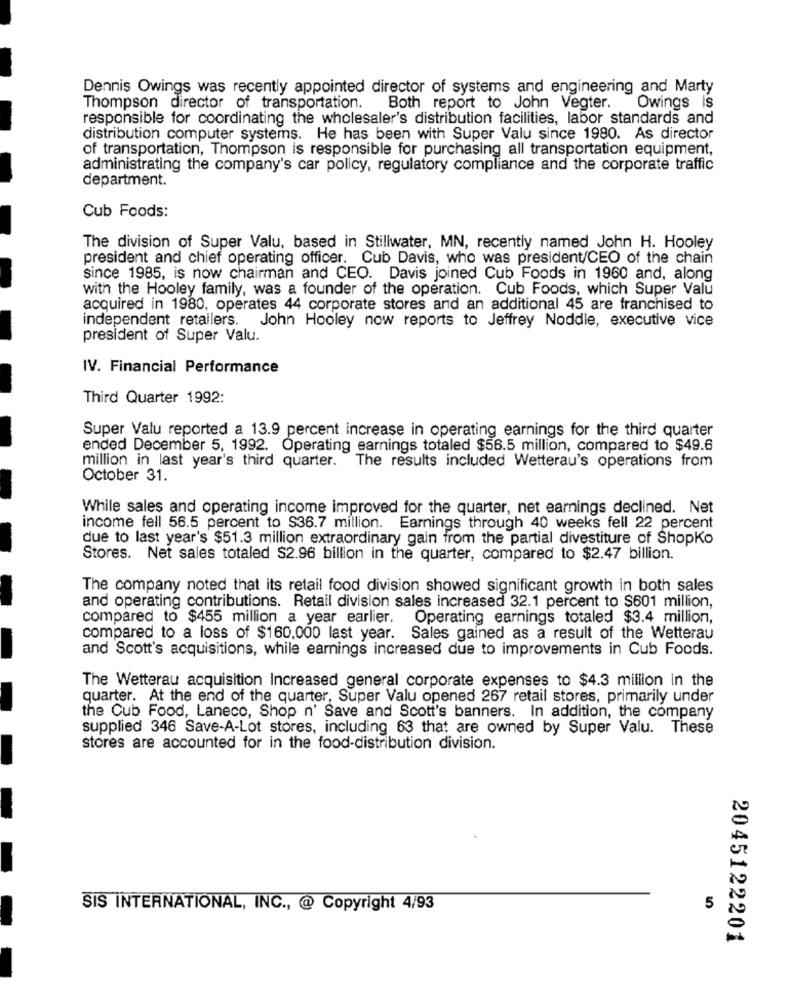
Dennis Owings was recently appointed director of systems and engineering and Marty
Thompson director of transportation. Both report to John Vegter.
Owings is
responsible for coordinating the wholesaler's distribution facilities, labor standards and
distribution computer systems. He has been with Super Valu since 1980. As director
of transportation, Thompson is responsible for purchasing all transportation equipment,
administrating the company's car policy, regulatory compliance and the corporate traffic
department.
Cub Foods:
The division of Super Valu, based in Stillwater, MN, recently named John H. Hooley
president and chief operating officer. Cub Davis, who was president/CEO of the chain
since 1985, is now chairman and CEO. Davis joined Cub Foods in 1960 and, along
with the Hooley family, was a founder of the operation. Cub Foods, which Super Valu
acquired in 1980, operates 44 corporate stores and an additional 45 are franchised to
independent retailers. John Hooley now reports to Jeffrey Noddle, executive vice
president of Super Valu.
IV. Financial Performance
Third Quarter 1992:
Super Valu reported a 13.9 percent increase in operating earnings for the third quarter
ended December 5, 1992. Operating earnings totaled $56.5 million, compared to $49.6
million in last year's third quarter.
The results included Wetterau's operations from
October 31.
While sales and operating income improved for the quarter, net earnings declined. Net
income fell 56.5 percent to S36.7 million. Earnings through 40 weeks fell 22 percent
due to last year's $51.3 million extraordinary gain from the partial divestiture of ShopKo
Stores. Net sales totaled $2.96 billion in the quarter, compared to $2.47 billion.
The company noted that its retail food division showed significant growth in both sales
and operating contributions. Retail division sales increased 32.1 percent to $601 million,
compared to $455 million a year earlier.
Operating earnings totaled $3.4 million,
compared to a loss of $160,000 last year. Sales gained as a result of the Wetterau
and Scott's acquisitions, while earnings increased due to improvements in Cub Foods.
The Wetterau acquisition Increased general corporate expenses to $4.3 million in the
quarter. At the end of the quarter, Super Valu opened 267 retail stores, primarily under
the Cub Food, Laneco, Shop n' Save and Scott's banners. In addition, the company
supplied 346 Save-A-Lot stores, including 63 that are owned by Super Valu. These
stores are accounted for in the food-distribution division.
SIS INTERNATIONAL, INC ., @ Copyright 4/93
5
2045122201